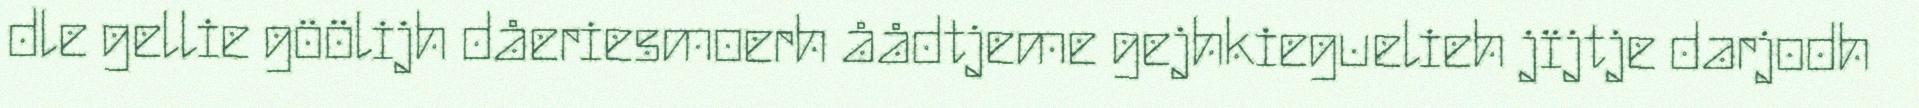
dle gellie göölijh dåeriesmoerh åådtjeme gejhkieguelieh jïjtje darjodh